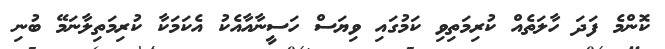
ކޮންމެ ފަދަ ހާލަތެއް ކުރިމަތިވި ކަމުގައި ވިޔަސް ހަސީނާއާއެކު އެކަމަކާ ކުރިމަތިލާނަމޭ ބުނި